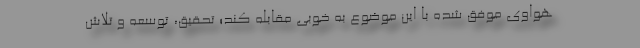
هواوی موفق شده با این موضوع به خوبی مقابله کند؛ تحقیق، توسعه و تلاش